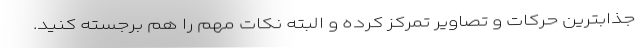
جذابترین حرکات و تصاویر تمرکز کرده و البته نکات مهم را هم برجسته کنید.